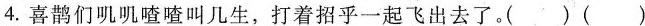
4.喜鹊们叽叽喳喳叫几生，打着招乎一起飞出去了。（ ）（ ）